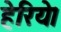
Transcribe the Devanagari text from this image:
हेरिये।